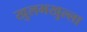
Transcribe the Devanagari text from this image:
खुलमखुल्ला